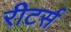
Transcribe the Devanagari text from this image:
रीटर्स